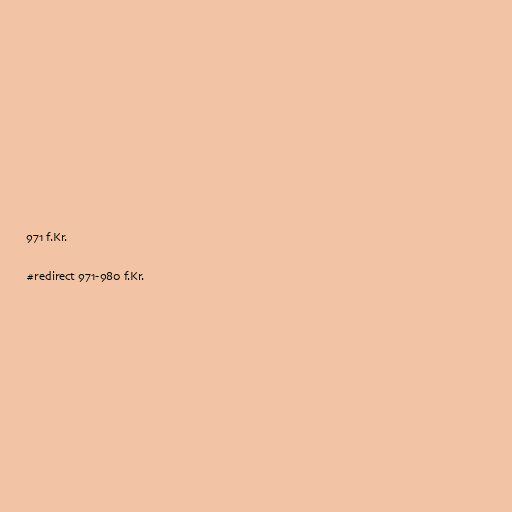
971 f.Kr.

#redirect 971-980 f.Kr.